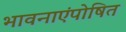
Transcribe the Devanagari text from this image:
भावनाएंपोषित